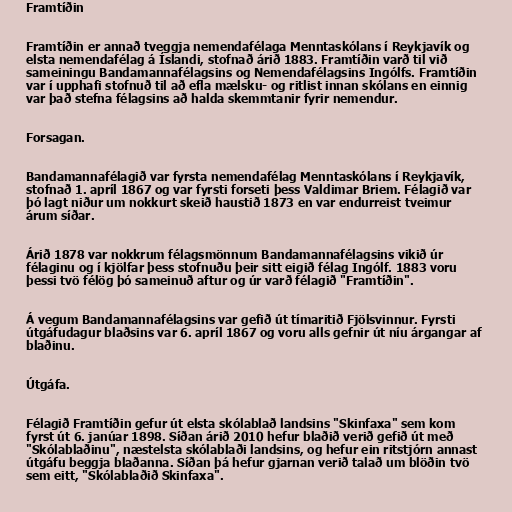
Framtíðin

Framtíðin er annað tveggja nemendafélaga Menntaskólans í Reykjavík og
elsta nemendafélag á Íslandi, stofnað árið 1883. Framtíðin varð til við
sameiningu Bandamannafélagsins og Nemendafélagsins Ingólfs. Framtíðin
var í upphafi stofnuð til að efla mælsku- og ritlist innan skólans en einnig
var það stefna félagsins að halda skemmtanir fyrir nemendur.

Forsagan.

Bandamannafélagið var fyrsta nemendafélag Menntaskólans í Reykjavík,
stofnað 1. apríl 1867 og var fyrsti forseti þess Valdimar Briem. Félagið var
þó lagt niður um nokkurt skeið haustið 1873 en var endurreist tveimur
árum síðar.

Árið 1878 var nokkrum félagsmönnum Bandamannafélagsins vikið úr
félaginu og í kjölfar þess stofnuðu þeir sitt eigið félag Ingólf. 1883 voru
þessi tvö félög þó sameinuð aftur og úr varð félagið "Framtíðin".

Á vegum Bandamannafélagsins var gefið út tímaritið Fjölsvinnur. Fyrsti
útgáfudagur blaðsins var 6. apríl 1867 og voru alls gefnir út níu árgangar af
blaðinu.

Útgáfa.

Félagið Framtíðin gefur út elsta skólablað landsins "Skinfaxa" sem kom
fyrst út 6. janúar 1898. Síðan árið 2010 hefur blaðið verið gefið út með
"Skólablaðinu", næstelsta skólablaði landsins, og hefur ein ritstjórn annast
útgáfu beggja blaðanna. Síðan þá hefur gjarnan verið talað um blöðin tvö
sem eitt, "Skólablaðið Skinfaxa".